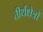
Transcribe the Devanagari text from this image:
तीर्थक्षेत्रों